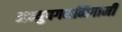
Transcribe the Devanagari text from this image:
अभ्युपगमनिगामी